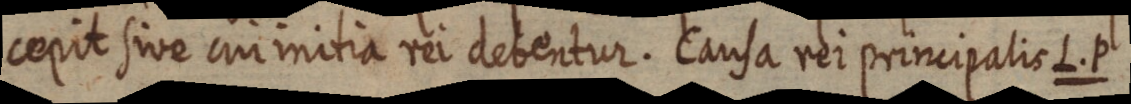
cepit sive cui initia rei debentur. Causa rei principalis L. P